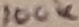
Text: 100K